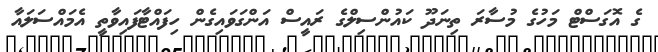
ގެ އޮގަސްޓް މަހުގެ މުސާރަ ތިނަދޫ ކައުންސިލްގެ ރައީސް އަންގަވައިގެން ހިފައްޓާފައިވާތީ އެމައްސަލައާ